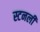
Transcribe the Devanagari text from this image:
स्टनली